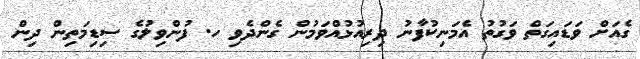
ގެއަށް ވަޑައިގަތް ވަގުތު އެމަނިކުފާނު ދިރިއުޅުއްވަމުން ގެންދެވި ހ. ފުންވިލުގެ ސިޑިމަތިން ދިން